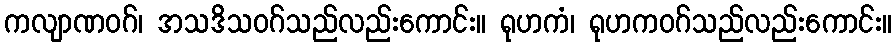
ကလျာဏဝဂ်၊ အသဒိသဝဂ်သည်လည်းကောင်း။ ရုဟကံ၊ ရုဟကဝဂ်သည်လည်းကောင်း။